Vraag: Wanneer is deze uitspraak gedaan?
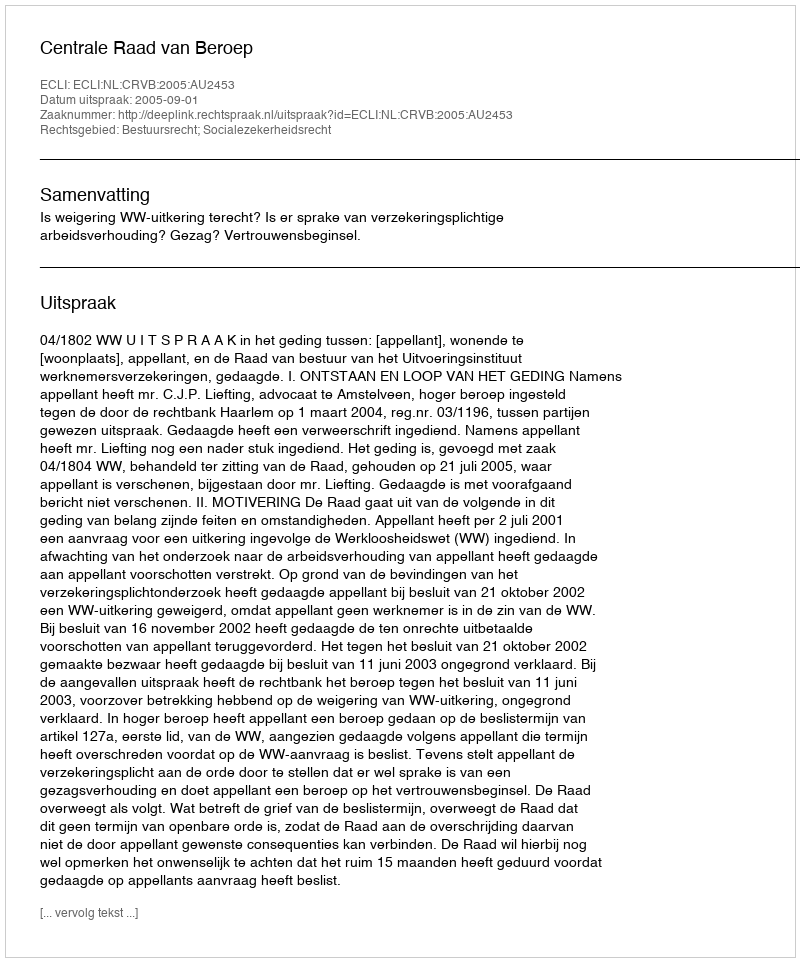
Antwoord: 2005-09-01